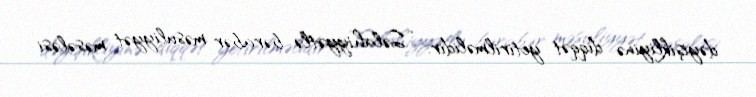
dəyişikliyinə diqqət yetirilməlidir: “Səlahiyyətlə bərabər məsuliyyət məsələsi